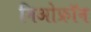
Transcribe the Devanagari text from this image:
निओफ्रॉन